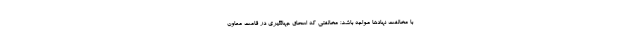
با مخالفت نهادها مواجه باشد؛ مخالفتي كه اسحاق جهانگيري در قامت معاون